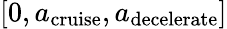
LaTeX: [0,{a_{\mathrm{{cruise}}}},{a_{\mathrm{{decelerate}}}}]